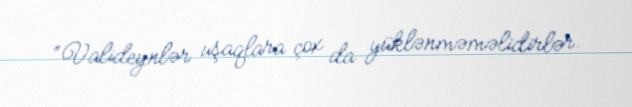
“Valideynlər uşaqlara çox da yüklənməməlidirlər.